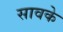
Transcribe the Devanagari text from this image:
सावके